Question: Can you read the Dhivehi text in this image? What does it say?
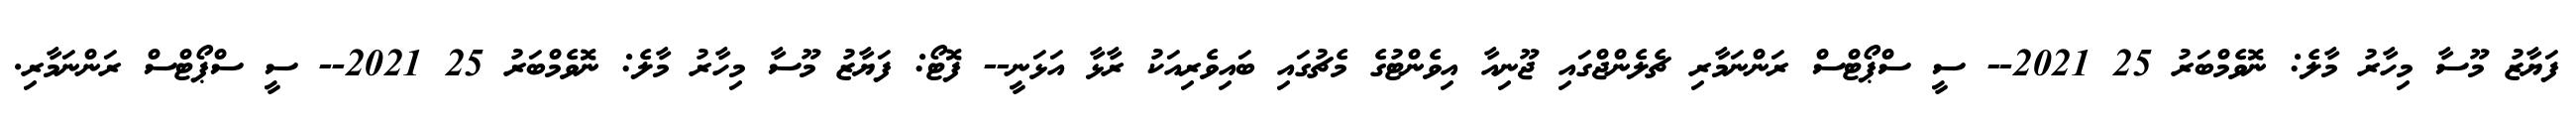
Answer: ފަޔާޒު މޫސާ މިހާރު މާލެ: ނޮވެމްބަރު 25 2021-- ސީ ސްޕޯޓްސް ރަންނަމާރި ޗެލެންޖްގައި ޖޫނިއާ އިވެންޓުގެ މެޗުގައި ބައިވެރިއަކު ރާޅާ އަޅަނީ-- ފޮޓޯ: ފަޔާޒު މޫސާ މިހާރު މާލެ: ނޮވެމްބަރު 25 2021-- ސީ ސްޕޯޓްސް ރަންނަމާރި.